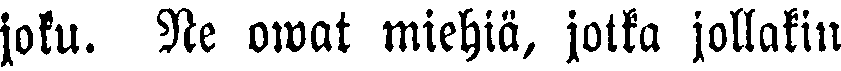
joku. Ne owat miehiä, jotka jollakin